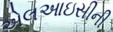
એલઆઇસીની